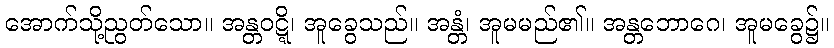
အောက်သို့ညွတ်သော။ အန္တဝဋ္ဋိ၊ အူခွေသည်။ အန္တံ၊ အူမမည်၏။ အန္တဘောဂေ၊ အူမခွေ၌။